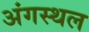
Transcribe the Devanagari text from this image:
अंगस्थल